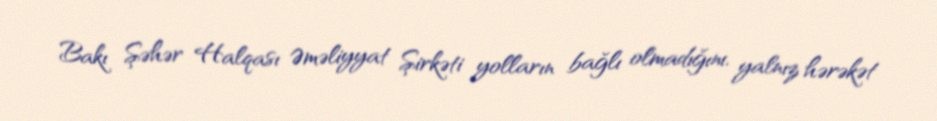
Bakı Şəhər Halqası Əməliyyat Şirkəti yolların bağlı olmadığını, yalnız hərəkət